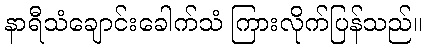
နာရီသံချောင်းခေါက်သံ ကြားလိုက်ပြန်သည်။